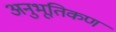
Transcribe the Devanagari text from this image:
अनुभूतिकण